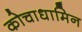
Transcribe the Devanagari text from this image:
कोचाधामिन